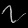
Digit: ၇